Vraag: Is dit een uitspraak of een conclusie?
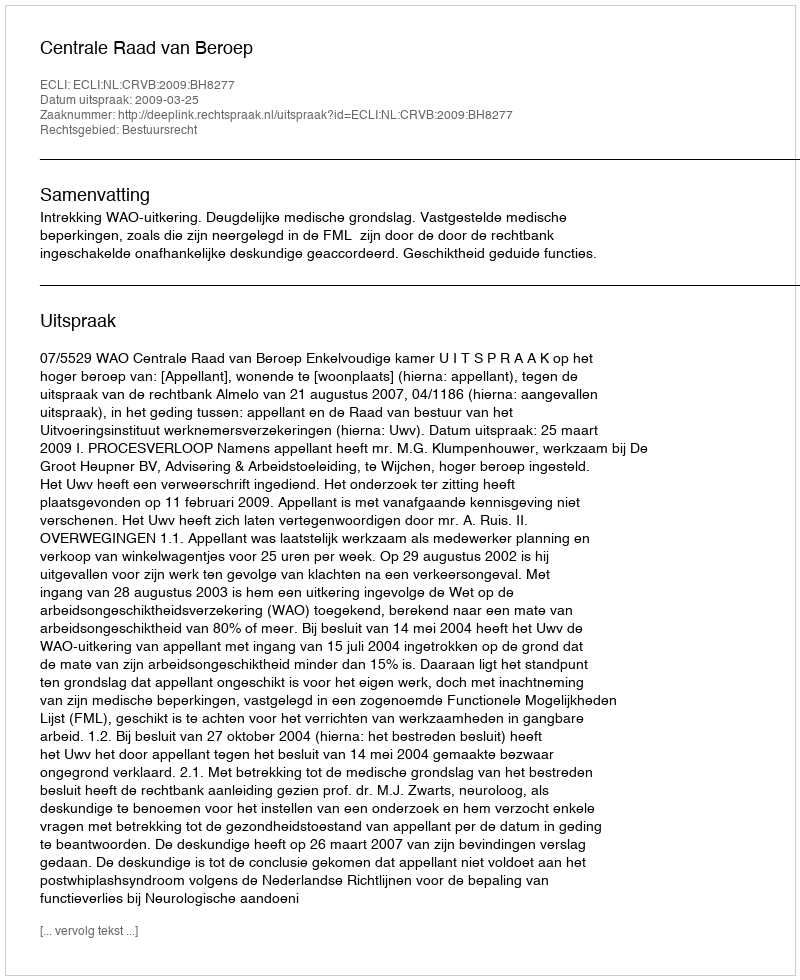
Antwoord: Uitspraak